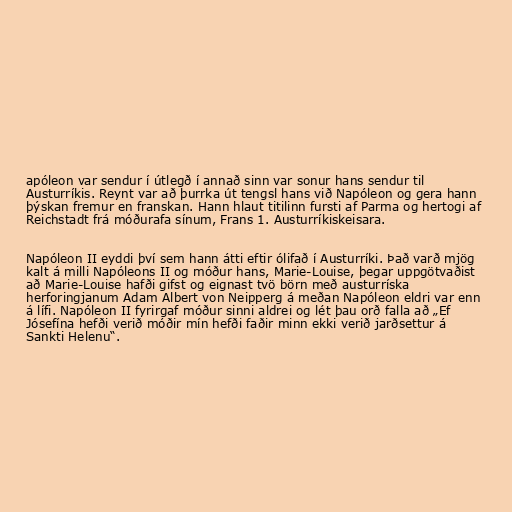
apóleon var sendur í útlegð í annað sinn var sonur hans sendur til
Austurríkis. Reynt var að þurrka út tengsl hans við Napóleon og gera hann
þýskan fremur en franskan. Hann hlaut titilinn fursti af Parma og hertogi af
Reichstadt frá móðurafa sínum, Frans 1. Austurríkiskeisara.

Napóleon II eyddi því sem hann átti eftir ólifað í Austurríki. Það varð mjög
kalt á milli Napóleons II og móður hans, Marie-Louise, þegar uppgötvaðist
að Marie-Louise hafði gifst og eignast tvö börn með austurríska
herforingjanum Adam Albert von Neipperg á meðan Napóleon eldri var enn
á lífi. Napóleon II fyrirgaf móður sinni aldrei og lét þau orð falla að „Ef
Jósefína hefði verið móðir mín hefði faðir minn ekki verið jarðsettur á
Sankti Helenu“.